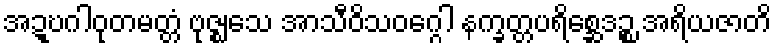
အဍ္ဎဂါဝုတမတ္တံ ဗုဇ္ဈသေ အာသီဝိသဝဂ္ဂေါ နက္ခတ္တပရိစ္ဆေဒဉ္စ အရိယဇာတိ